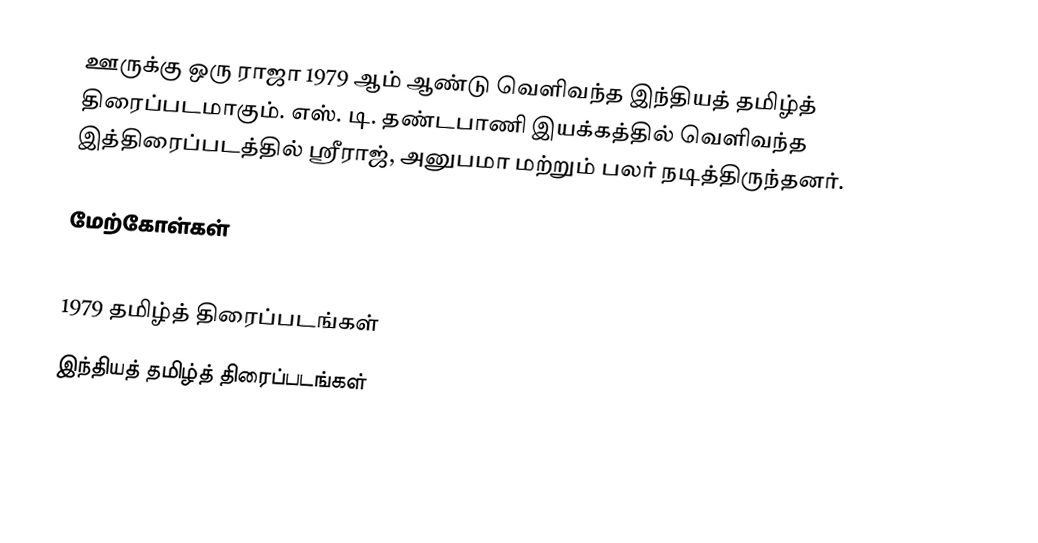
ஊருக்கு ஒரு ராஜா 1979 ஆம் ஆண்டு வெளிவந்த இந்தியத் தமிழ்த் திரைப்படமாகும். எஸ். டி. தண்டபாணி இயக்கத்தில் வெளிவந்த இத்திரைப்படத்தில் ஸ்ரீராஜ், அனுபமா மற்றும் பலர் நடித்திருந்தனர்.

மேற்கோள்கள்

1979 தமிழ்த் திரைப்படங்கள்
இந்தியத் தமிழ்த் திரைப்படங்கள்